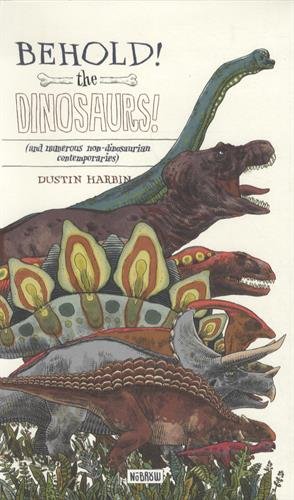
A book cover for Behold, The Dinosaurs! (Leporello); Science & Math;